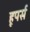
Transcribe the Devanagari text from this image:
हूपर्स